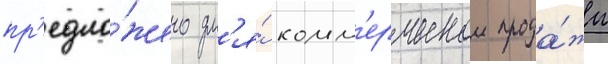
пр'едло́жено дл'я́ комм'ерческои прода́жи